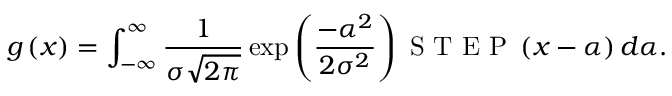
g \left( x \right) = \int _ { - \infty } ^ { \infty } \frac { 1 } { \sigma \sqrt { 2 \pi } } \exp \left( \frac { - \alpha ^ { 2 } } { 2 \sigma ^ { 2 } } \right) \mathrm { ~ S ~ T ~ E ~ P ~ } \left( x - \alpha \right) d \alpha .